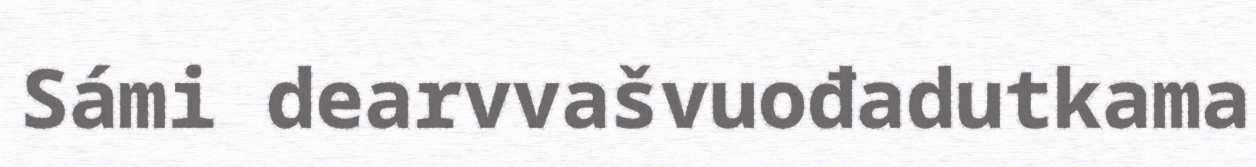
Sámi dearvvašvuođadutkama